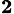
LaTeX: _\mathbf{2}